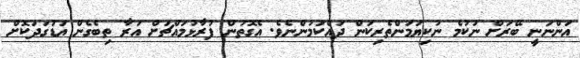
އަންނަނީ ބޭރަށް ނުކުމެ ނުކިޔަމަންތެރިކަން ދައްކަމުންނެވެ. އެގޮތުން ފުރާޅުމައްޗަށް އަރާ ތިބެގެން އަޑުގަދަކޮށް